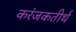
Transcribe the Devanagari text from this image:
करंजकतीर्थ